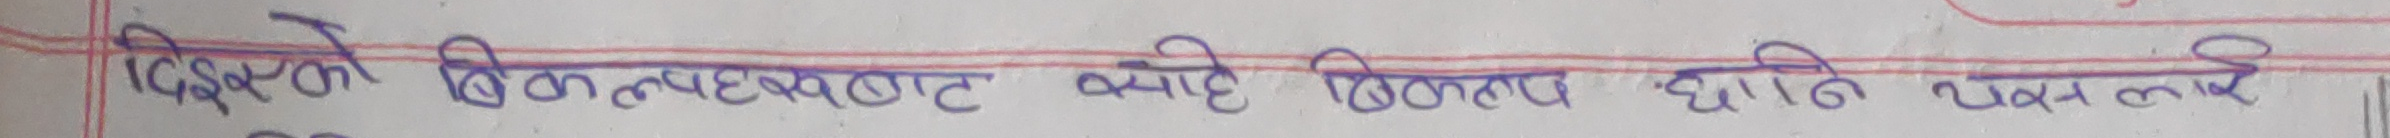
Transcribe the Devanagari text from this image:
दिएका विकल्पहरूमध्ये सबैभन्दा विकल्प छानि चयन कर